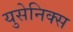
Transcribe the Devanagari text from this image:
युसेनिक्स